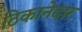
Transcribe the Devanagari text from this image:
ठिकानेदार